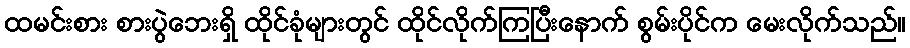
ထမင်းစား စားပွဲဘေးရှိ ထိုင်ခုံများတွင် ထိုင်လိုက်ကြပြီးနောက် စွမ်းပိုင်က မေးလိုက်သည်။